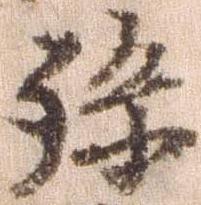
孫